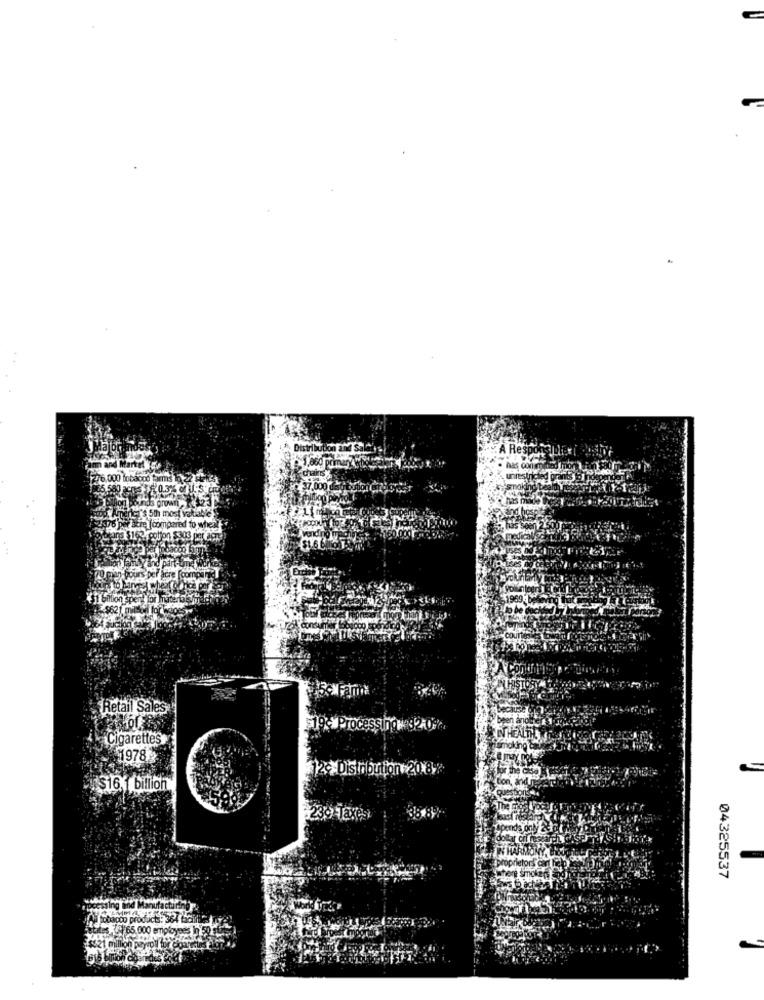
276,000 tobacco farms
Retail Sales
19- Processing as2.09%
Cigarettes
1978
2- Distribution 20 8/
4 $16. 1 billion
239 Taxes
04325537
(acho products: 364 faite
25,65,000 employees in 50